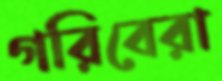
গরিবেরা